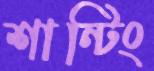
শান্টিং